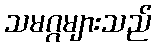
သမဂ္ဂများသည်